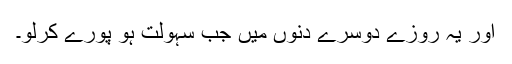
اور یہ روزے دوسرے دنوں میں جب سہولت ہو پورے کرلو۔